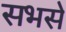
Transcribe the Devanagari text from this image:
सभसे